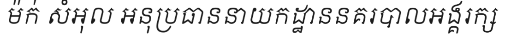
ម៉ក់ សំអុល អនុប្រធាននាយកដ្ឋាននគរបាលអង្គរក្ស